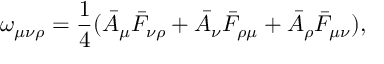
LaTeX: \omega _ { \mu \nu \rho } = \frac { 1 } { 4 } ( \bar { A } _ { \mu } \bar { F } _ { \nu \rho } + \bar { A } _ { \nu } \bar { F } _ { \rho \mu } + \bar { A } _ { \rho } \bar { F } _ { \mu \nu } ) ,